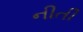
નીતી